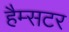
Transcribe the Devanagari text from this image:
हैम्सटर